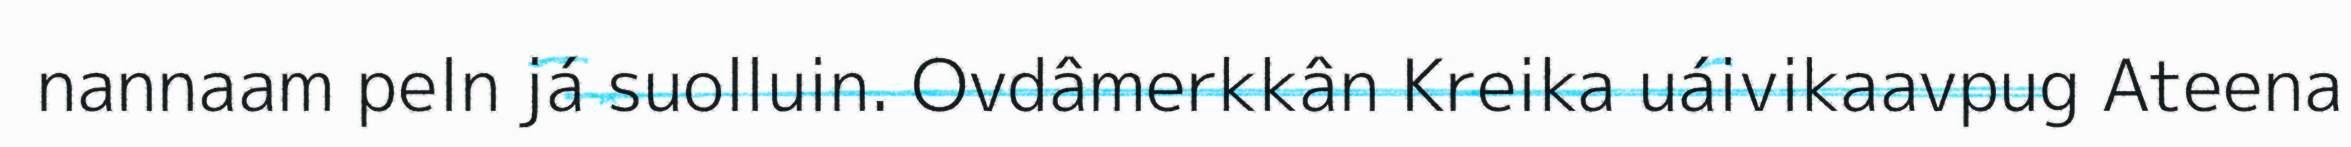
nannaam peln já suolluin. Ovdâmerkkân Kreika uáivikaavpug Ateena